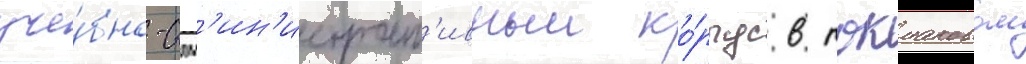
уче́бно-адм'ин'истрат'ивныи ко́рпус в токмаковом